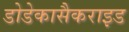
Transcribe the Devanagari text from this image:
डोडेकासैकराइड